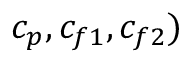
c _ { p } , c _ { f 1 } , c _ { f 2 } )